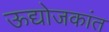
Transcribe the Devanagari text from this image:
ऊद्योजकांत